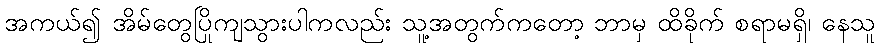
အကယ်၍ အိမ်တွေပြိုကျသွားပါကလည်း သူ့အတွက်ကတော့ ဘာမှ ထိခိုက် စရာမရှိ၊ နေသူ